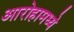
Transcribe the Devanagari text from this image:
आरोहामध्ये